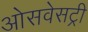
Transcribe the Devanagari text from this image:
ओसवेसट्री